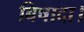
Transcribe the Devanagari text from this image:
बिषादा।